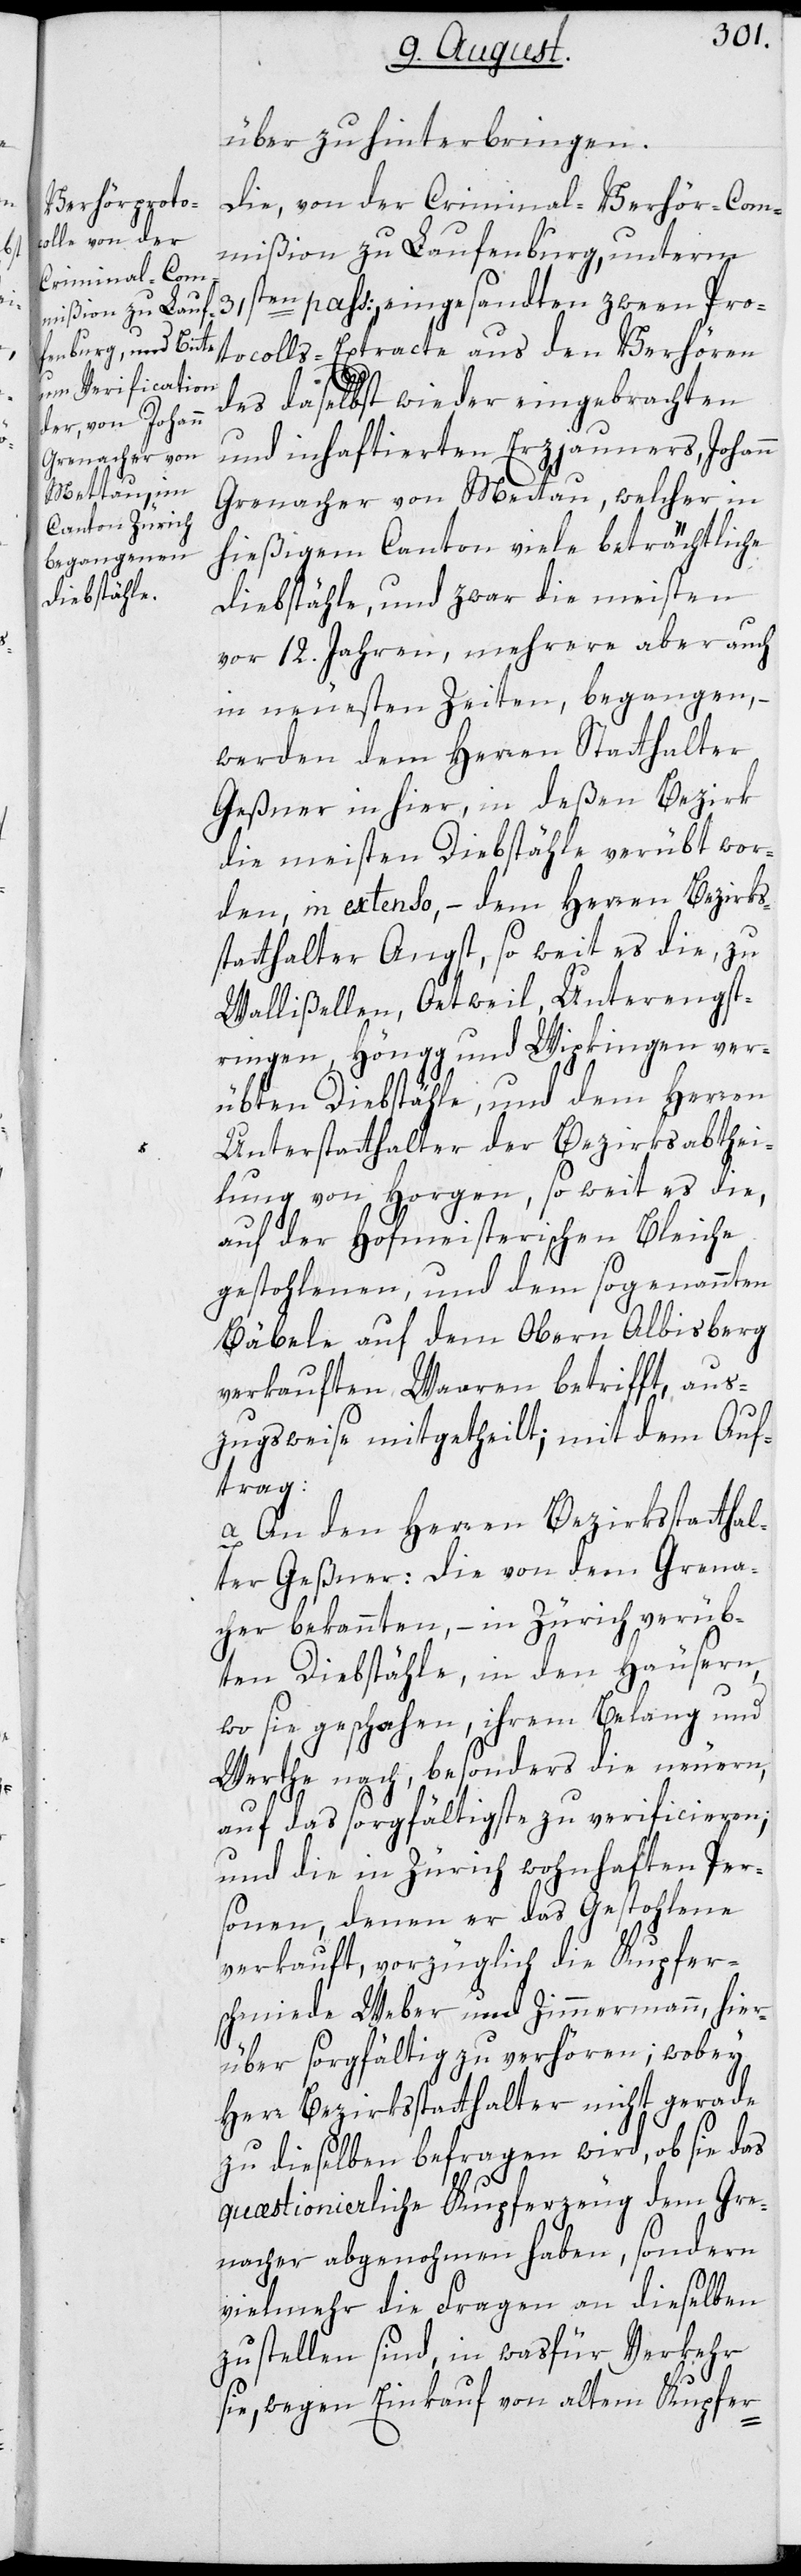
über zu hinterbringen.
Die, von der Criminal-Verhör-Com¬
mißion zu Laufenburg, unterm
31sten pass:, eingesandten zween Pro¬
tocolls-Extracte aus den Verhören
des daselbst wieder eingebrachten
und inhaftierten Erzjauners, Johann
Grenacher von Mettau, welcher in
hießigem Canton viele beträchtliche
Diebstähle, und zwar die meisten
vor 12. Jahren, mehrere aber auch
in neuesten Zeiten, begangen, –
werden dem Herren Statthalter
Geßner in hier, in deßen Bezirk
die meisten Diebstähle verübt wor¬
den, in extenso, – dem Herren Bezirks¬
statthalter Angst, so weit es die, zu
Wallißellen, Oetweil, Unterengst¬
ringen, Höngg und Wipkingen ver¬
übten Diebstähle, und dem Herren
Unterstatthalter der Bezirksabthei¬
lung von Horgen, so weit es die,
auf der Hofmeisterischen Bleiche
gestohlenen, und dem sogenannten
Bäbele auf dem Obern Albisberg
verkauften Waaren betrifft, aus¬
zugsweise mitgetheilt; mit dem Auf¬
trag:
a. An den Herren Bezirksstatthal¬
ter Geßner: Die von dem Grena¬
cher bekannten, – in Zürich verüb¬
ten Diebstähle, in den Häusern,
wo sie geschahen, ihrem Belang und
Werte nach, besonders die neuern,
auf das sorgfältigste zu verificieren;
und die in Zürich wohnhaften Per¬
sonen, denen er das Gestohlene
verkauft, vorzüglich die Kupfer¬
schmiede Weber und Zimmermann, hier¬
über sorgfältig zu verhören, wobey
Herr Bezirksstatthalter nicht gerade
zu dieselben befragen wird, ob sie das
quæstionierliche Kupferzeug dem Gre¬
nacher abgenohmen haben, sondern
vielmehr die Fragen an dieselben
zu stellen sind, in was für Verkehr
sie, wegen Einkauf von altem Kupfer-